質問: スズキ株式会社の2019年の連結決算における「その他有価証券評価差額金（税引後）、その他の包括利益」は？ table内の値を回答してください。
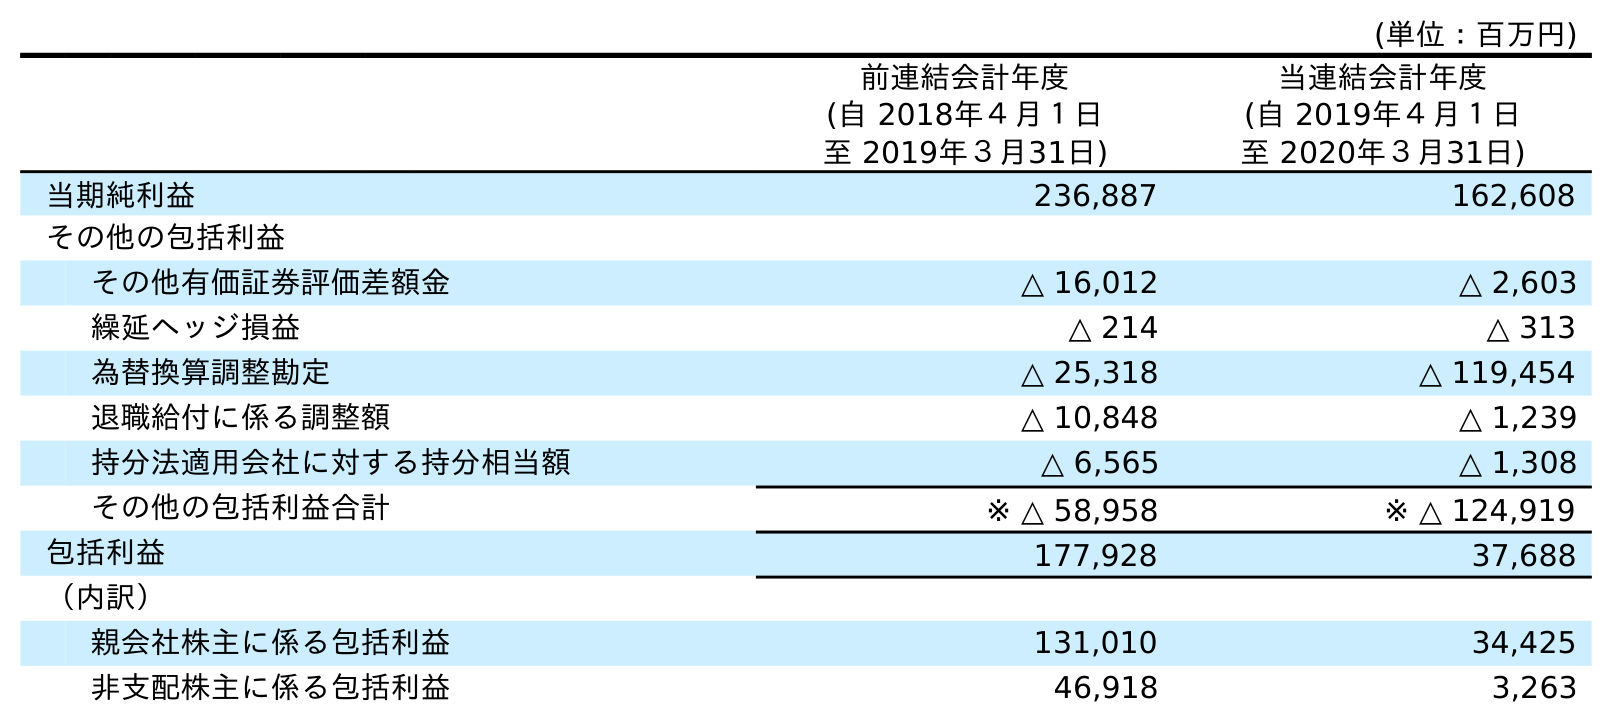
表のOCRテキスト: (単位：百万円) 前連結会計年度 (自 2018年４月１日 至 2019年３月31日) 当連結会計年度 (自 2019年４月１日 至 2020年３月31日) 当期純利益 236,887 162,608 その他の包括利益 その他有価証券評価差額金 △ 16,012 △ 2,603 繰延ヘッジ損益 △ 214 △ 313 為替換算調整勘定 △ 25,318 △ 119,454 退職給付に係る調整額 △ 10,848 △ 1,239 持分法適用会社に対する持分相当額 △ 6,565 △ 1,308 その他の包括利益合計 ※ △ 58,958 ※ △ 124,919 包括利益 177,928 37,688 （内訳） 親会社株主に係る包括利益 131,010 34,425 非支配株主に係る包括利益 46,918 3,263
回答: △16,012